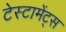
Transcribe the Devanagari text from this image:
टेस्टामेंट्स